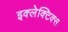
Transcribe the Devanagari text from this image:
इक्लेक्टिक्स